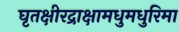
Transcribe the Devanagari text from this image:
घृतक्षीरद्राक्षामधुमधुरिमा